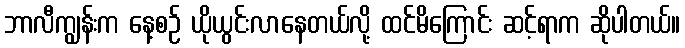
ဘာလီကျွန်းက နေ့စဉ် ယိုယွင်းလာနေတယ်လို့ ထင်မိကြောင်း ဆင့်ရာက ဆိုပါတယ်။